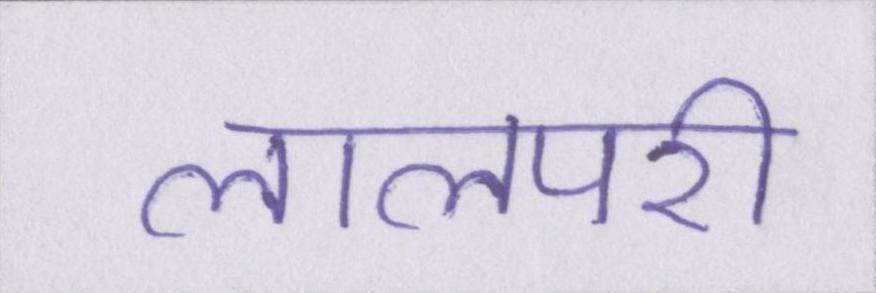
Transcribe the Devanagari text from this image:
लालपरी